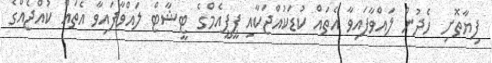
ފިޔާތޮށި ހެދުން ލައްވާފައިވާ އެތައް ކުޑަކުއްޖަކާއި ޕީޕީއެމްގެ ޓީޝާޓް ލައްވާފައިވާ އެތައް ކުއްޖެއްގެ